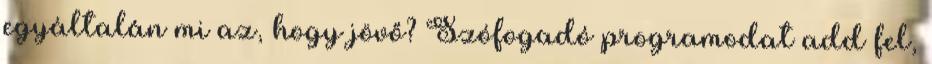
egyáltalán mi az, hogy jövő? Szófogadó programodat add fel,